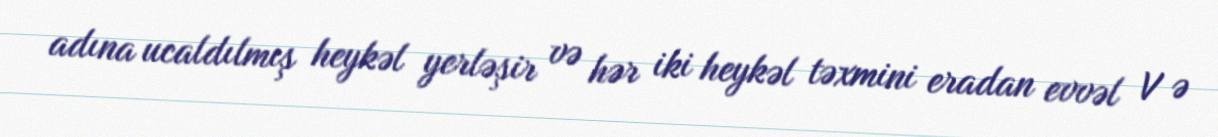
adına ucaldılmış heykəl yerləşir və hər iki heykəl təxmini eradan evvəl V ə